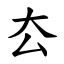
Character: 厺